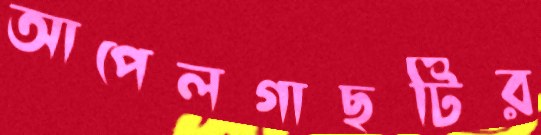
আপেলগাছটির